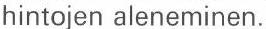
hintojen aleneminen.